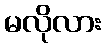
မလိုလား